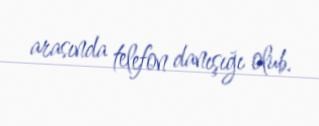
arasında telefon danışığı olub.